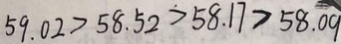
5 9 . 0 2 > 5 8 . 5 2 > 5 8 . 1 7 > 5 8 . 0 9